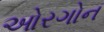
ઓરગોન